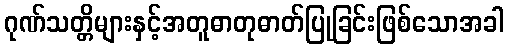
ဂုဏ်သတ္တိများနှင့်အတူဓာတုဓာတ်ပြုခြင်းဖြစ်သောအခါ